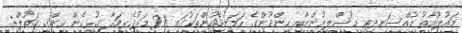
މައުލޫމާތު މުއްސަނދިވި މުސްލިމުންނާއި ހިންދޫންގެ ހަމަނުޖެހުންތަކުގައި 28 މަރުގެރިމަހާ ގުޅިގެން ހިންގި ގަތުލް: